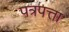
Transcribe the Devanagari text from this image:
पत्रपत्ता